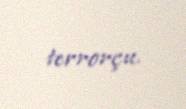
terrorçu.